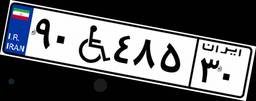
۹۰W۴۸۵۳۰